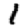
Digit: 1